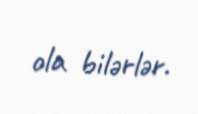
ola bilərlər.